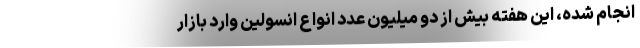
انجام شده، این هفته بیش از دو میلیون عدد انواع انسولین وارد بازار